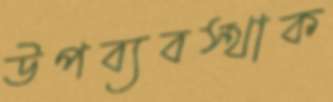
উপব্যবস্থাক